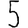
Digit: 5